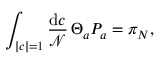
\int _ { | c | = 1 } { \frac { \mathrm { d } c } { \mathcal { N } } } \, \Theta _ { a } P _ { a } = \pi _ { N } ,